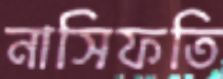
নাসিফতি